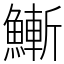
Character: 䱿